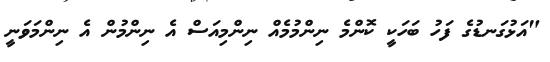
"އަޅުގަނޑުގެ ފަހު ބަހަކީ ކޮންމެ ނިންމުމެއް ނިންމިއަސް އެ ނިންމުން އެ ނިންމަވަނީ